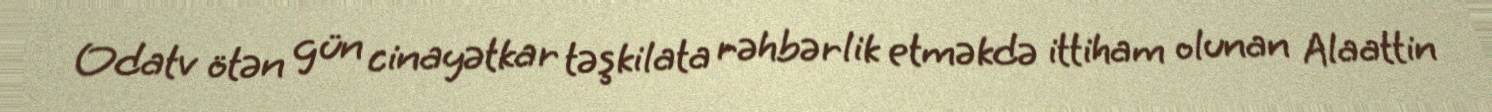
Odatv ötən gün cinayətkar təşkilata rəhbərlik etməkdə ittiham olunan Alaattin